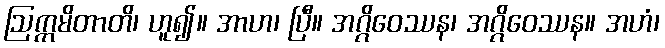
ဩက္ကမိတာတိ၊ ဟူ၍။ အာဟ၊ ပြီ။ အဂ္ဂိဝေဿန၊ အဂ္ဂိဝေဿန။ အဟံ၊